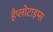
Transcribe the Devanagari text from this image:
हैप्लोटाइप्स